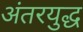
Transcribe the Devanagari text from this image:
अंतरयुद्ध